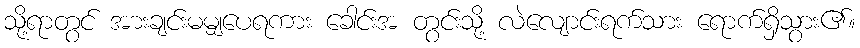
သို့ရာတွင် အားချင်းမမျှပေရကား ခေါင်းအ တွင်းသို့ လဲလျောင်းရက်သား ရောက်ရှိသွား၏။